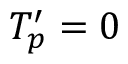
T _ { p } ^ { \prime } = 0